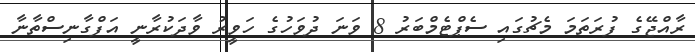
ރާއްޖޭގެ ފުރަތަމަ މެޗުގައި ސެޕްޓެމްބަރު 8 ވަނަ ދުވަހުގެ ހަވީރު ވާދަކުރާނީ އަފްގާނިސްތާނާ